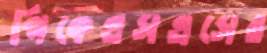
পিকেএসএসের